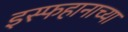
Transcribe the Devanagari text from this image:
इस्फहानाच्या